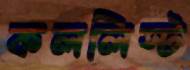
কললিস্ট